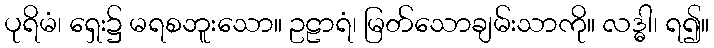
ပုရိမံ၊ ရှေး၌ မရစဘူးသော။ ဥဠာရံ၊ မြတ်သောချမ်းသာကို။ လဒ္ဓါ၊ ရ၍။